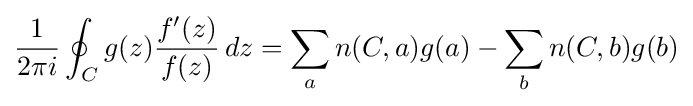
{\frac {1}{2\pi i}}\oint _{C}g(z){\frac {f'(z)}{f(z)}}\,dz=\sum _{a}n(C,a)g(a)-\sum _{b}n(C,b)g(b)